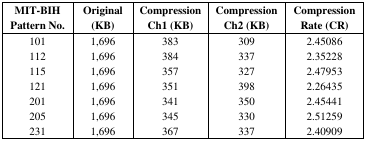
<table><thead><tr><td><b>MIT-BIH Pattern No.</b></td><td><b>Original (KB)</b></td><td><b>Compression Ch1 (KB)</b></td><td><b>Compression Ch2 (KB)</b></td><td><b>Compression Rate (CR)</b></td></tr></thead><tbody><tr><td>101</td><td>1,696</td><td>383</td><td>309</td><td>2.45086</td></tr><tr><td>112</td><td>1,696</td><td>384</td><td>337</td><td>2.35228</td></tr><tr><td>115</td><td>1,696</td><td>357</td><td>327</td><td>2.47953</td></tr><tr><td>121</td><td>1,696</td><td>351</td><td>398</td><td>2.26435</td></tr><tr><td>201</td><td>1,696</td><td>341</td><td>350</td><td>2.45441</td></tr><tr><td>205</td><td>1,696</td><td>345</td><td>330</td><td>2.51259</td></tr><tr><td>231</td><td>1,696</td><td>367</td><td>337</td><td>2.40909</td></tr></tbody></table>